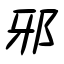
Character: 邪